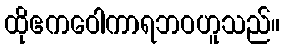
ထိုဧကဝေါကာရဘဝဟူသည်။